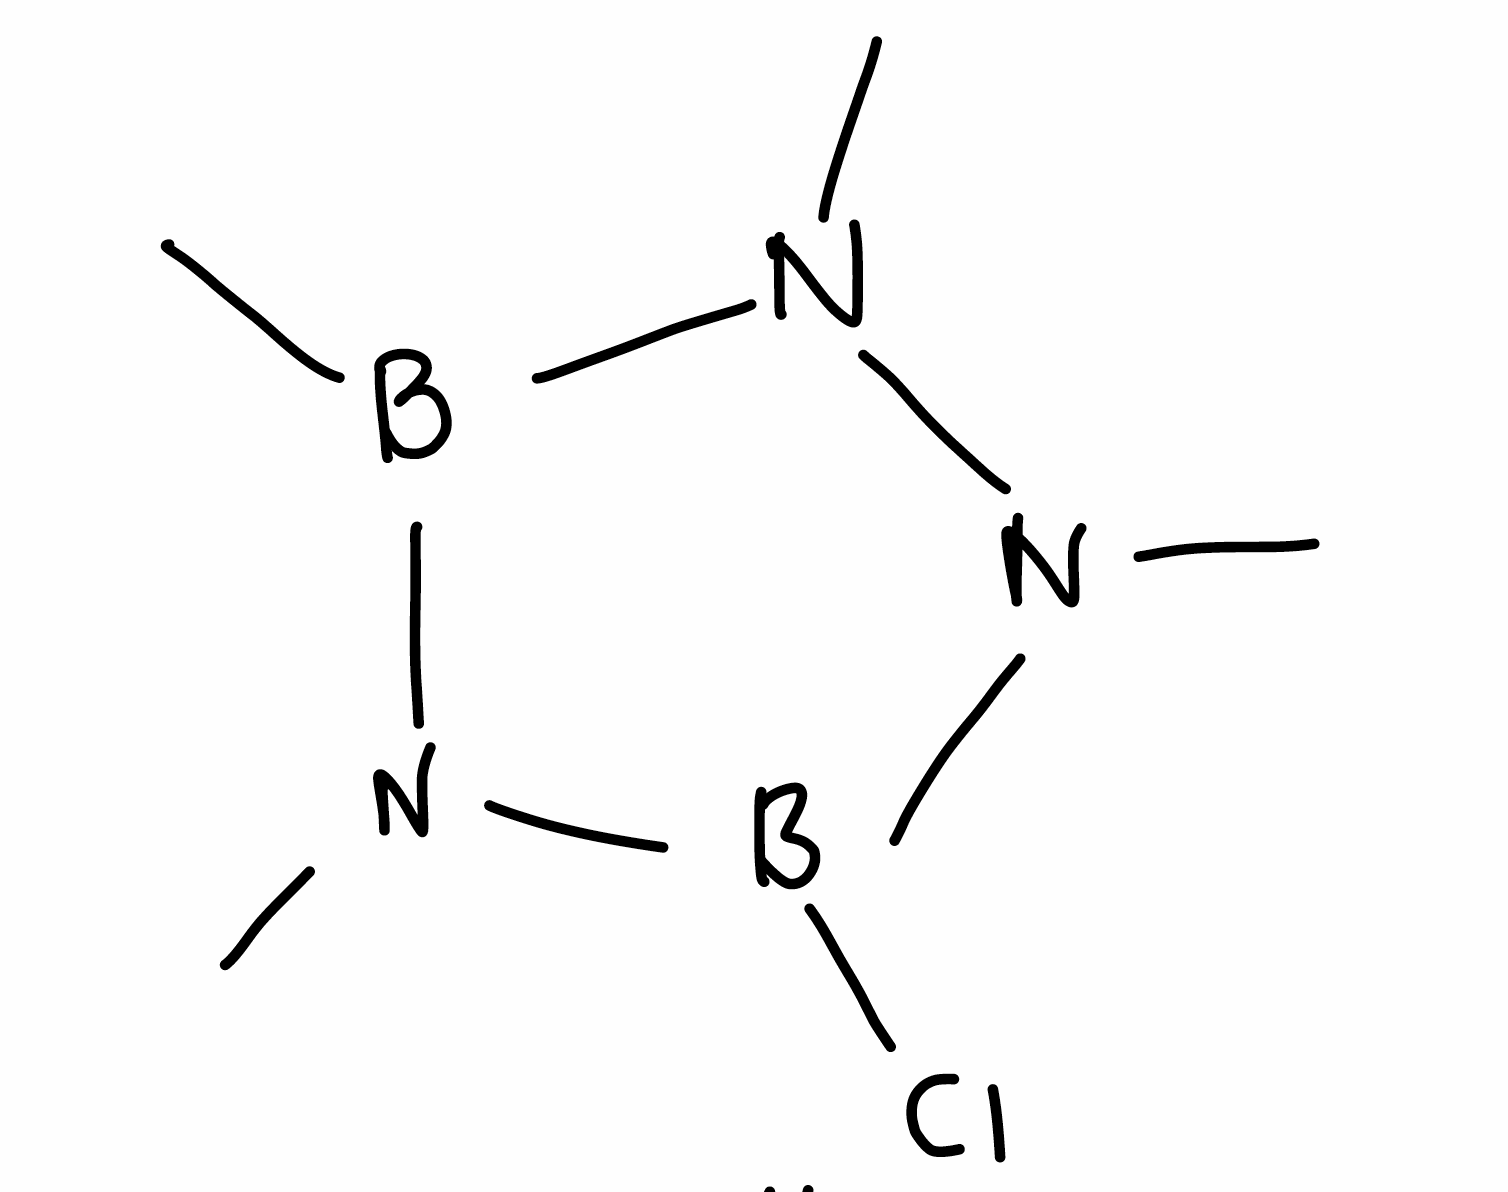
Simplified molecular-input line-entry system (SMILES) notation of the given molecule:
B1(N(B(N(N1C)C)Cl)C)C